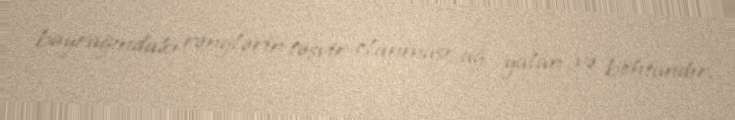
bayrağındakı rənglərin təsvir olunması ağ yalan və böhtandır.